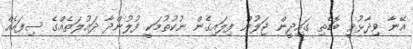
އޭނާ ވިދާޅުވީ ބޮޑެތި ގައިދީން ޖަލުން ފިލައިގެން ނުކުތުމަކީ ފުލުންދާ ދައުލަތެއްގެ ސިފައެއް